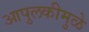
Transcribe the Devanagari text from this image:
आपुलकीमुळे